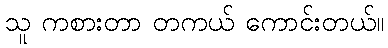
သူ ကစားတာ တကယ် ကောင်းတယ်။